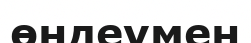
өңдеумен